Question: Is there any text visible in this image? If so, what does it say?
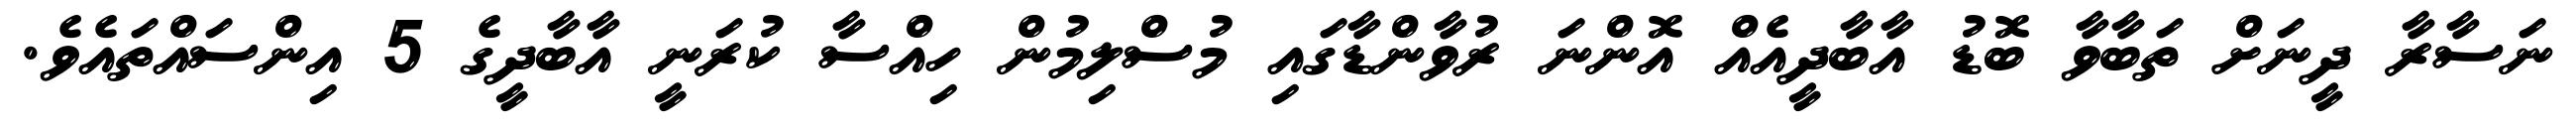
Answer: ނަސާރާ ދީނަށް ތަބާވާ ބޮޑު އާބާދީއެއް އޮންނަ ރުވާންޑާގައި މުސްލިމުން ހިއްސާ ކުރަނީ އާބާދީގެ 5 އިންސައްތައެވެ.